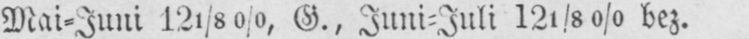
Mai⸗Juni 121/8%, G., Juni⸗Juli 121/8% bez.